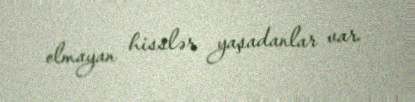
olmayan hisslər yaşadanlar var.